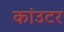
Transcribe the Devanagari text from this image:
कांउटर